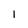
Character: I